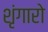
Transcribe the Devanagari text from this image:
शृंगारो